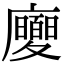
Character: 𢌂